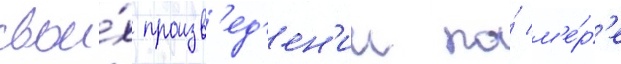
свои́х произв'ед'ен'ии по́ м'е́р'е